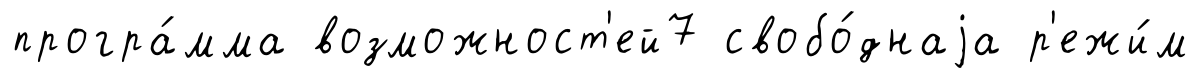
програ́мма возможност'ей7 свобо́днаjа р'ежи́м